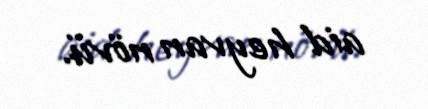
aid heyvan növü.